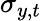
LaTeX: \sigma_{y,t}